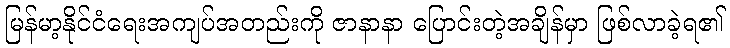
မြန်မာ့နိုင်ငံရေးအကျပ်အတည်းကို ဇာနာနာ ပြောင်းတဲ့အချိန်မှာ ဖြစ်လာခဲ့ရ၏